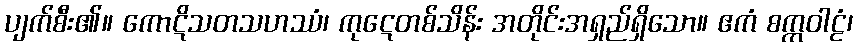
ပျက်စီး၏။ ကောဋိသတသဟဿံ၊ ကုဋေတစ်သိန်း အတိုင်းအရှည်ရှိသော။ ဧကံ စက္ကဝါဠံ၊